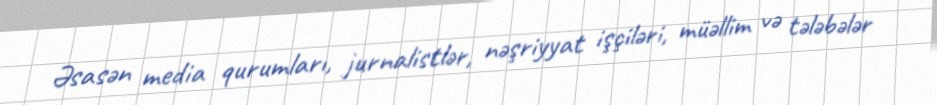
Əsasən media qurumları, jurnalistlər, nəşriyyat işçiləri, müəllim və tələbələr